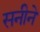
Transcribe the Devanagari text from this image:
सनीने